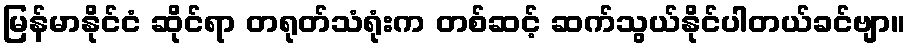
မြန်မာနိုင်ငံ ဆိုင်ရာ တရုတ်သံရုံးက တစ်ဆင့် ဆက်သွယ်နိုင်ပါတယ်ခင်ဗျာ။